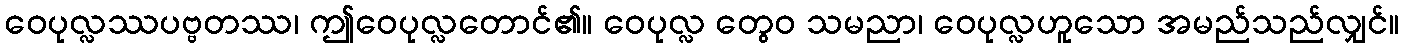
ဝေပုလ္လဿပဗ္ဗတဿ၊ ဤဝေပုလ္လတောင်၏။ ဝေပုလ္လ တွေဝ သမညာ၊ ဝေပုလ္လဟူသော အမည်သည်လျှင်။